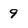
Character: 9